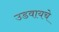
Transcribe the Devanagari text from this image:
उडवायचे